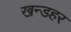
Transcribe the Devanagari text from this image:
खन्डहर